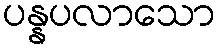
ပန္နပလာသော